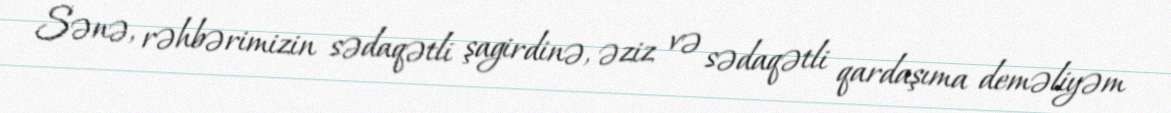
Sənə, rəhbərimizin sədaqətli şagirdinə, əziz və sədaqətli qardaşıma deməliyəm